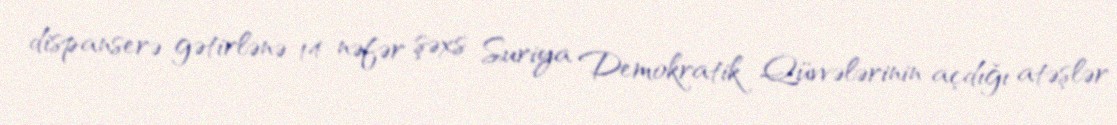
dispanserə gətirlənə 14 nəfər şəxs Suriya Demokratik Qüvvələrinin açdığı atəşlər